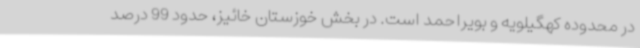
در محدوده کهگیلویه و بویراحمد است. در بخش خوزستان خائیز، حدود 99 درصد